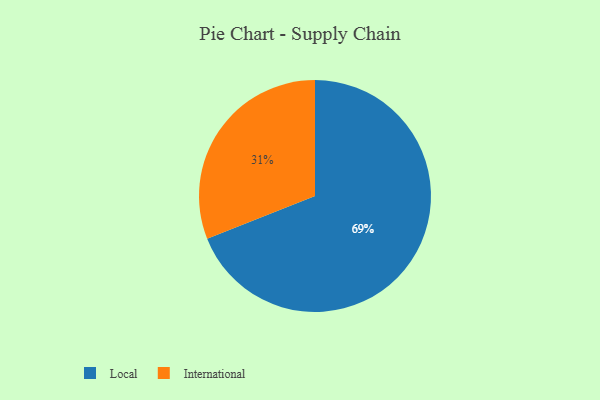
{"axis": {"x": "Category", "y": "Percentage"}, "legend": ["International", "Local"], "data": [{"x": "Local", "y": 69, "type": "Local"}, {"x": "International", "y": 31, "type": "International"}]}